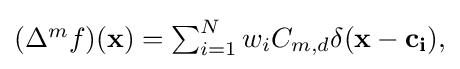
{\textstyle (\Delta ^{m}f)(\mathbf {x} )=\sum _{i=1}^{N}w_{i}C_{m,d}\delta (\mathbf {x-\mathbf {c} _{i}} ),}